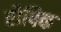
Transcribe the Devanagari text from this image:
रौपिक